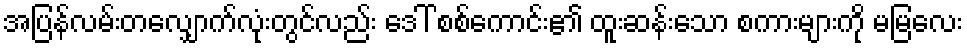
အပြန်လမ်းတလျှောက်လုံးတွင်လည်း ဒေါ် စစ်ကောင်း၏ ထူးဆန်းသော စကားများကို မမြလေး